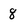
Character: 8